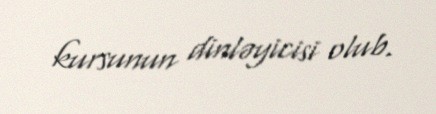
kursunun dinləyicisi olub.